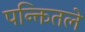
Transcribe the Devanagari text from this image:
पन्क्तितले